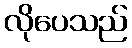
လိုပေသည်